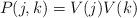
LaTeX: \begin{align*}P(j,k) = V(j)V(k)\end{align*}